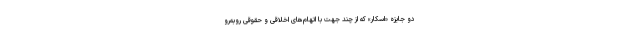
دو جایزه «اسکار» که از چند جهت با اتهام‌های اخلاقی و حقوقی روبه‌رو